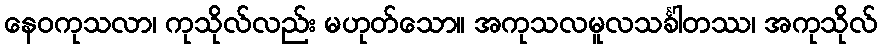
နေဝကုသလာ၊ ကုသိုလ်လည်း မဟုတ်သော။ အကုသလမူလသင်္ခါတဿ၊ အကုသိုလ်